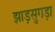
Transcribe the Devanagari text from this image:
झाड़सुगड़ा